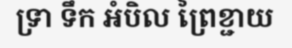
ទ្រា ទឹក អំបិល ព្រៃខ្ជាយ